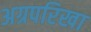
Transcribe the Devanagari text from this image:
अग्रपरिखा